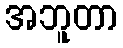
အဘူတာ